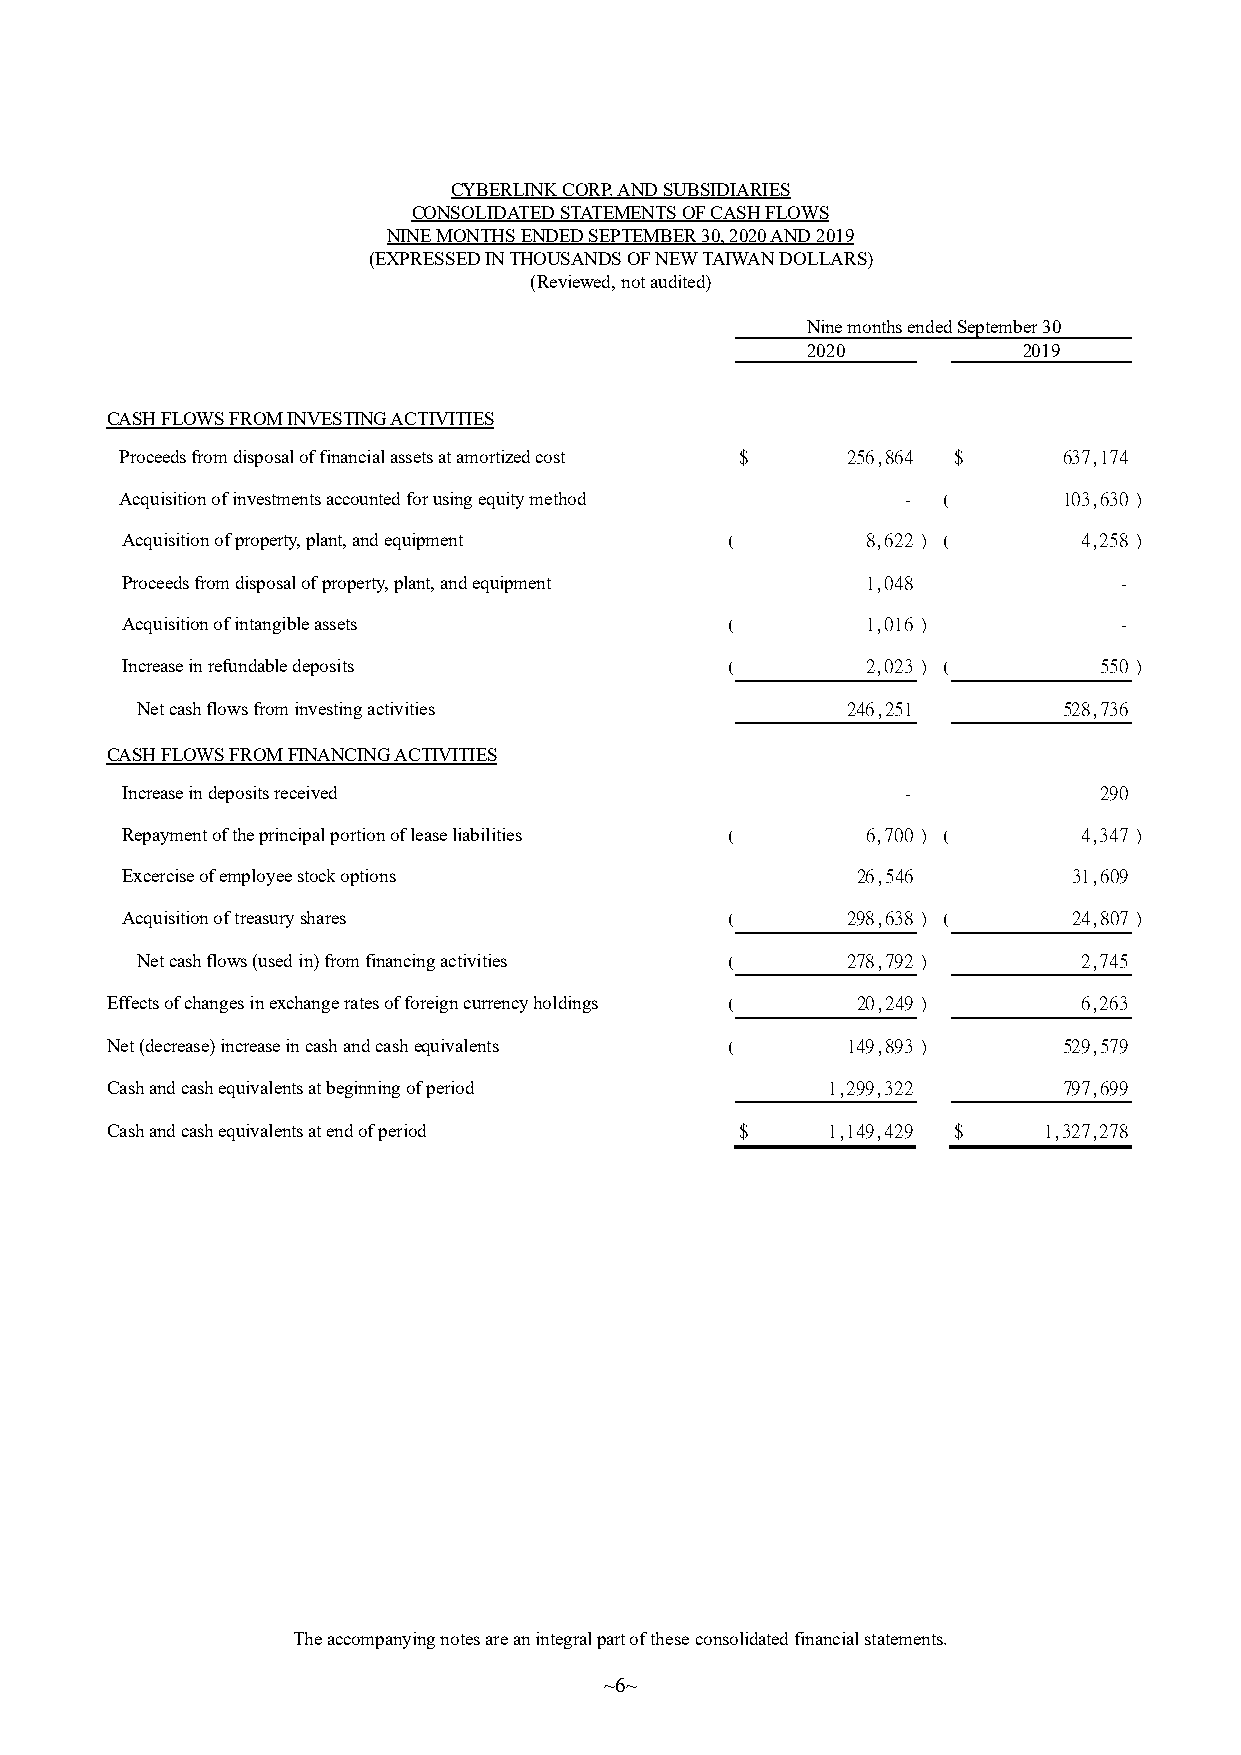
CYBERLINK CORP. AND SUBSIDIARIES
 CONSOLIDATED STATEMENTS OF CASH FLOWS
 NINE MONTHS ENDED SEPTEMBER 30, 2020 AND 2019
 (EXPRESSED IN THOUSANDS OF NEW TAIWAN DOLLARS)
 (Reviewed, not audited)
 Nine months ended September 30
 2020           2019
 CASH FLOWS FROM INVESTING ACTIVITIES
 Proceeds from disposal of financial assets at amortized cost $ 256,864 $ 637,174
 Acquisition of investments accounted for using equity method - ( 103,630 )
 Acquisition of property, plant, and equipment (  8,622 ) (      4,258 )
 Proceeds from disposal of property, plant, and equipment 1,048    -
 Acquisition of intangible assets        (        1,016 )          -
 Increase in refundable deposits         (        2,023 ) (       550 )
 Net cash flows from investing activities       246,251       528,736
 CASH FLOWS FROM FINANCING ACTIVITIES
 Increase in deposits received                       -            290
 Repayment of the principal portion of lease liabilities ( 6,700 ) ( 4,347 )
 Excercise of employee stock options              26,546        31,609
 Acquisition of treasury shares          (       298,638 ) (    24,807 )
 Net cash flows (used in) from financing activities ( 278,792 ) 2,745
 Effects of changes in exchange rates of foreign currency holdings ( 20,249 ) 6,263
 Net (decrease) increase in cash and cash equivalents ( 149,893 ) 529,579
 Cash and cash equivalents at beginning of period 1,299,322     797,699
 Cash and cash equivalents at end of period $    1,149,429 $   1,327,278
 The accompanying notes are an integral part of these consolidated financial statements.
 ~6~